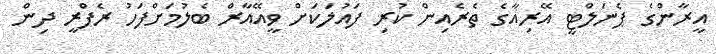
އީރާންގެ ޕެނަލްޓީ އޭރިއާގެ ތެރެއިން ކުރި ފައުލަކަށް ވީއޭއާރް ބެލުމަށްފަހު ރެފްރީ ދިން